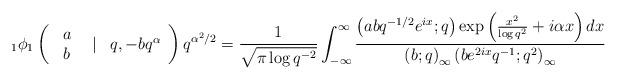
LaTeX: \begin{align*}_{1}\phi_{1}\left(\begin{array}{ccc}\begin{array}{c}a\\b\end{array} & \vert & q,-bq^{\alpha}\end{array}\right)q^{\alpha^{2}/2}=\frac{1}{\sqrt{\pi\log q^{-2}}}\int_{-\infty}^{\infty}\frac{\left(abq^{-1/2}e^{ix};q\right)\exp\left(\frac{x^{2}}{\log q^{2}}+i\alpha x\right)dx}{\left(b;q\right)_{\infty}\left(be^{2ix}q^{-1};q^{2}\right)_{\infty}}\end{align*}